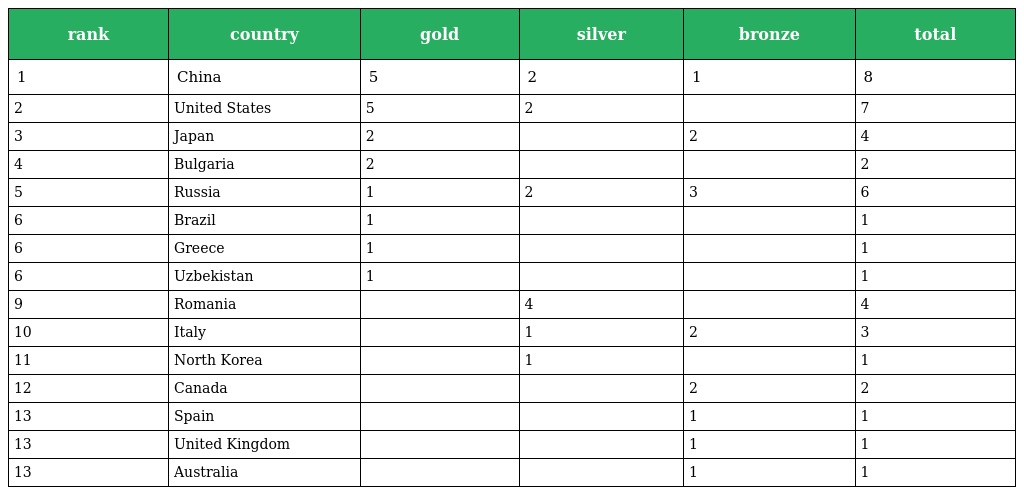
| rank | country | gold | silver | bronze | total |
 | --- | --- | --- | --- | --- | --- |
 | 1 | China | 5 | 2 | 1 | 8 |
 | 2 | United States | 5 | 2 |  | 7 |
 | 3 | Japan | 2 |  | 2 | 4 |
 | 4 | Bulgaria | 2 |  |  | 2 |
 | 5 | Russia | 1 | 2 | 3 | 6 |
 | 6 | Brazil | 1 |  |  | 1 |
 | 6 | Greece | 1 |  |  | 1 |
 | 6 | Uzbekistan | 1 |  |  | 1 |
 | 9 | Romania |  | 4 |  | 4 |
 | 10 | Italy |  | 1 | 2 | 3 |
 | 11 | North Korea |  | 1 |  | 1 |
 | 12 | Canada |  |  | 2 | 2 |
 | 13 | Spain |  |  | 1 | 1 |
 | 13 | United Kingdom |  |  | 1 | 1 |
 | 13 | Australia |  |  | 1 | 1 |